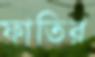
ফাতির